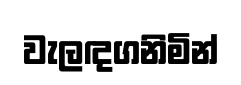
වැලඳගනිමින්